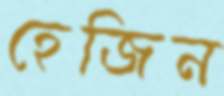
হেজিন